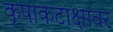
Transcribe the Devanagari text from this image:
कृपाकटाक्षावर